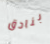
بنادق